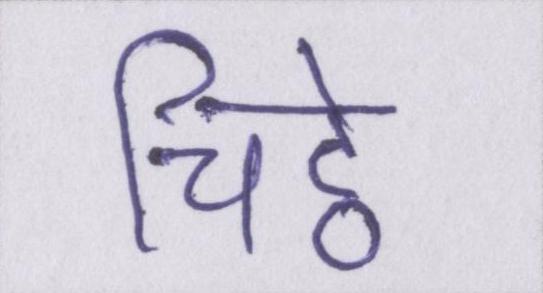
चिट्ठे